Lunatic asylums Central Provinces reports 1886-1894 - 1886-1894
Year: 1886
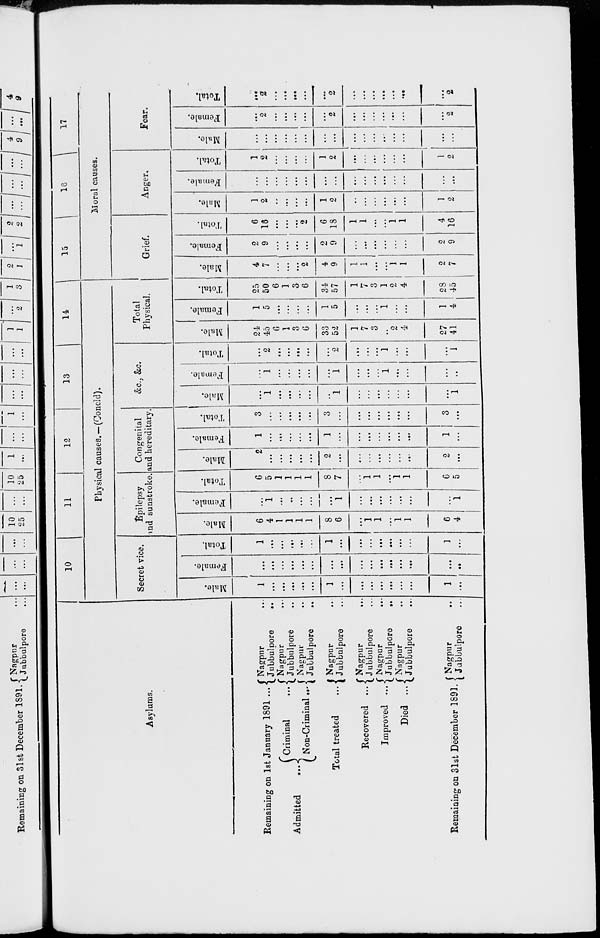
Asylums.
Remaining on 1st January 1891 ...
Admitted
...
Criminal ...
Non-Criminal ...
Total treated ...
Recovered ...
Improved ...
Died ...
Remaining on 31st December 1891.
Nagpur ...
Jubbulpore
...
Nagpur ...
Jubbulpore ...
Nagpur ...
Jubbulpore
...
Nagpur ...
Jubbulpore ...
Nagpur
...
Jubbulpore ...
Nagpur
...
Jubbulpore
...
Nagpur ...
Jubbulpore ...
Nagpur ...
Jubbulpore ...
10
11
12
13
14
Physical causes.—(Concld).
Secret vice.
Male.
1
...
...
...
...
...
1
...
...
...
...
...
...
...
1
...
Female.
...
...
...
...
...
...
...
...
...
...
...
...
...
...
...
...
Total.
1
...
...
...
...
...
1
...
...
...
...
...
...
...
1
...
Epilepsy
and sunstroke.
Male.
6
4
1
1
1
1
8
6
...
1
1
...
1
1
6
4
Female.
...
1
...
...
...
...
...
1
...
...
...
...
...
...
...
1
Total.
6
5
1
1
1
1
8
7
...
1
1
...
1
1
6
5
Congenital
and hereditary.
Male.
2
...
...
...
...
...
2
...
...
...
...
...
...
...
2
...
Female.
1
...
...
...
...
...
1
...
...
...
...
...
...
...
1
...
Total.
3
...
...
...
...
...
3
...
...
...
...
...
...
...
3
...
&c., &c.
Male.
...
1
...
...
...
...
...
1
...
...
...
...
...
...
...
1
Female.
...
1
...
...
...
...
...
1
...
...
...
1
...
...
...
...
Total.
...
2
...
...
...
...
...
2
...
...
...
1
...
...
...
1
Total
Physical.
Male.
24
45
6
1
3
6
33
52
1
7
3
...
2
4
27
41
Female.
1
5
...
...
...
...
1
5
...
...
...
1
...
...
1
4
Total.
25
50
6
1
3
6
34
57
1
7
3
1
2
4
28
45
15
16 17
Moral causes.
Grief.
Male.
4
7
...
...
...
2
4
9
1
1
...
...
1
1
2
7
Female.
2
9
...
...
...
...
2
9
...
...
...
...
...
...
2
9
Total.
6
16
...
...
...
2
6
18
1
1
...
...
1
1
4
16
Anger.
Male.
1
2
...
...
...
...
1
2
...
...
...
...
...
...
1
2
Female.
...
...
...
...
...
...
...
...
...
...
...
...
...
...
...
...
Total.
1
2
...
...
...
...
1
2
...
...
...
...
...
...
1
2
Fear.
Male.
...
...
...
...
...
...
...
...
...
...
...
...
...
...
...
...
Female.
...
2
...
...
...
...
...
2
...
...
...
...
...
...
...
2
Total.
...
2
...
...
...
...
...
2
...
...
...
...
...
...
...
2